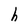
Character: h